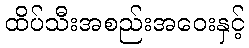
ထိပ်သီးအစည်းအဝေးနှင့်